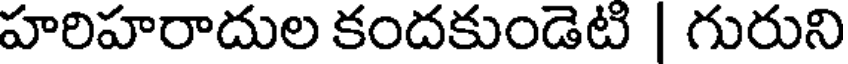
హరిహరాదుల కందకుండెటి | గురుని